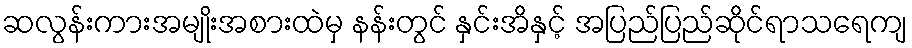
ဆလွန်းကားအမျိုးအစားထဲမှ နန်းတွင် နှင်းအိနှင့် အပြည်ပြည်ဆိုင်ရာသရေကျ